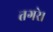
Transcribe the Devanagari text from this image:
तगरे।